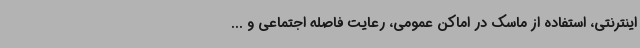
اینترنتی، استفاده از ماسک در اماکن عمومی، رعایت فاصله اجتماعی و ...